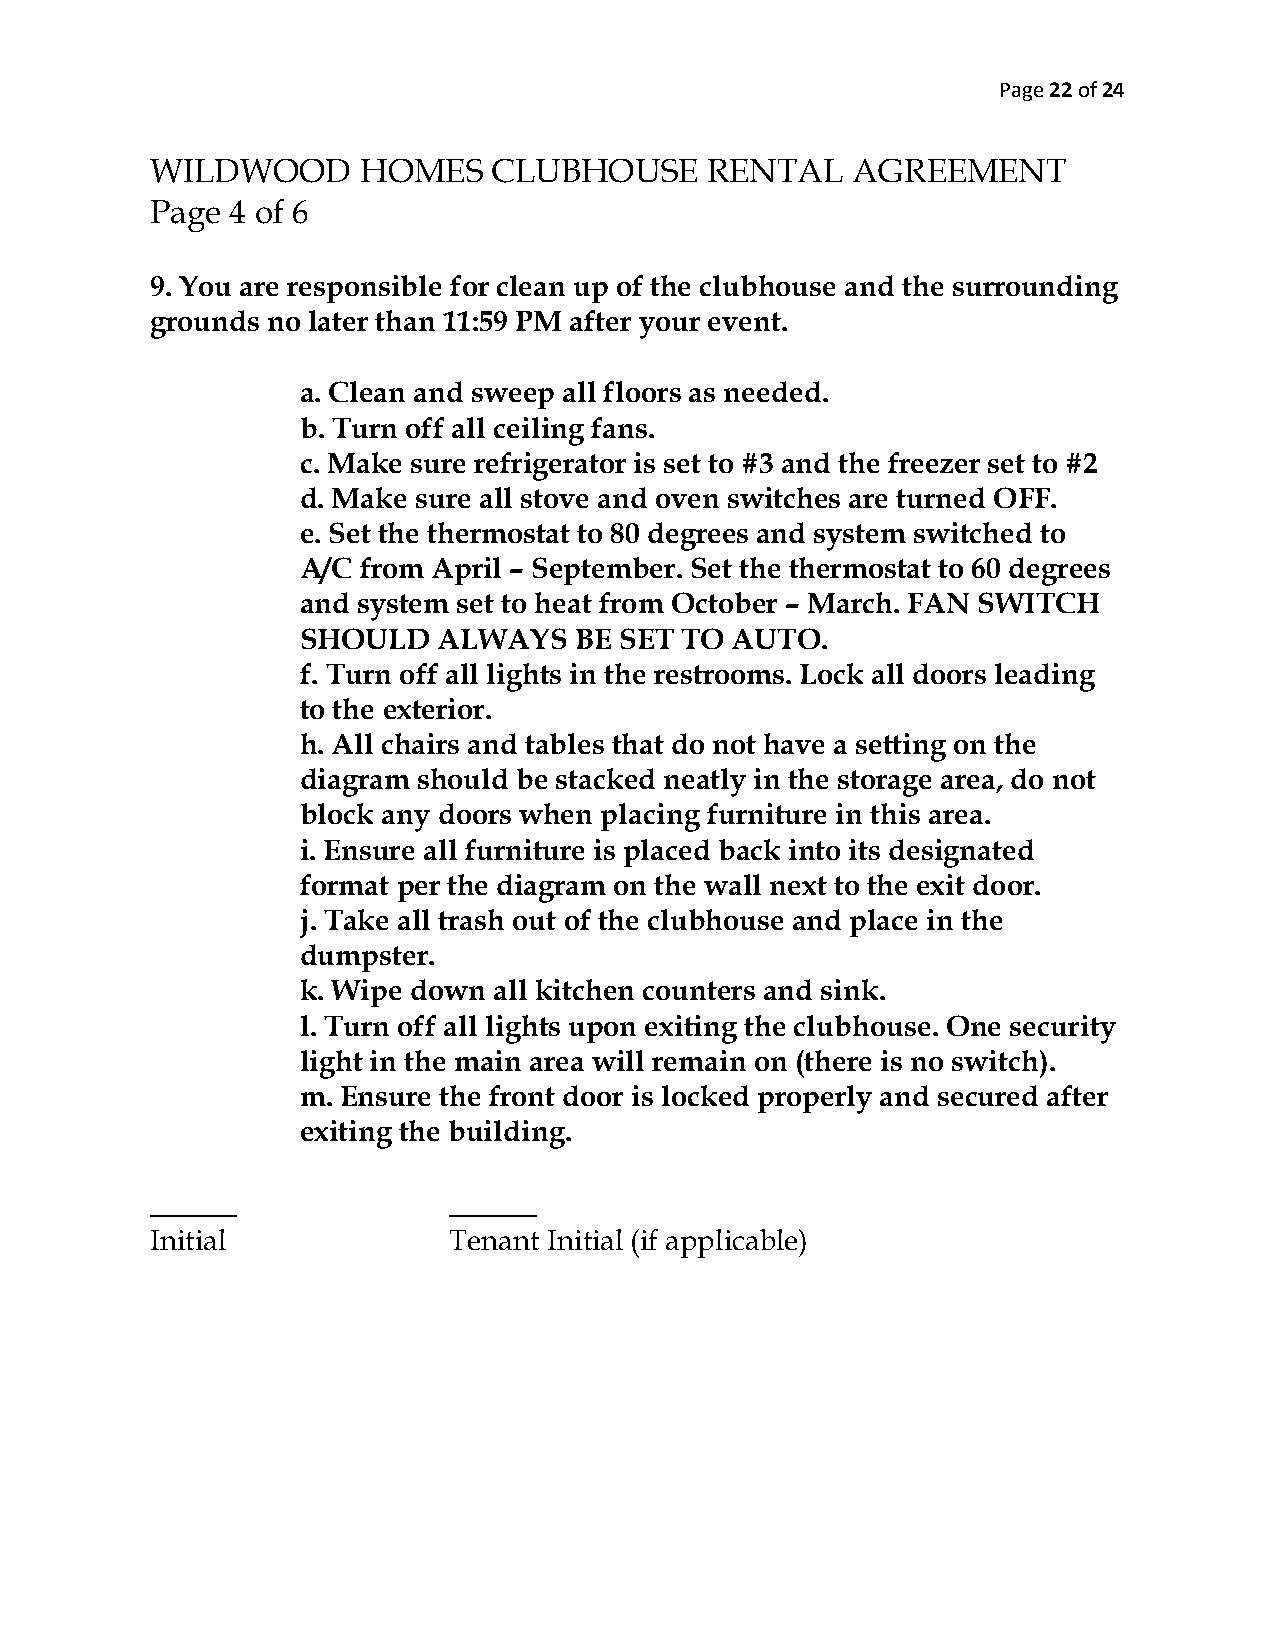
Page 22 of 24
 WILDWOOD      HOMES    CLUBHOUSE     RENTAL   AGREEMENT
 Page 4 of 6
 9. You are responsible for clean up of the clubhouse and the surrounding
 grounds no later than 11:59 PM after your event.
 a. Clean and sweep all floors as needed.
 b. Turn off all ceiling fans.
 c. Make sure refrigerator is set to #3 and the freezer set to #2
 d. Make sure all stove and oven switches are turned OFF.
 e. Set the thermostat to 80 degrees and system switched to
 A/C from April – September. Set the thermostat to 60 degrees
 and system set to heat from October – March. FAN SWITCH
 SHOULD   ALWAYS   BE SET TO AUTO.
 f. Turn off all lights in the restrooms. Lock all doors leading
 to the exterior.
 h. All chairs and tables that do not have a setting on the
 diagram should be stacked neatly in the storage area, do not
 block any doors when placing furniture in this area.
 i. Ensure all furniture is placed back into its designated
 format per the diagram on the wall next to the exit door.
 j. Take all trash out of the clubhouse and place in the
 dumpster.
 k. Wipe down all kitchen counters and sink.
 l. Turn off all lights upon exiting the clubhouse. One security
 light in the main area will remain on (there is no switch).
 m. Ensure the front door is locked properly and secured after
 exiting the building.
 ______              ______
 Initial             Tenant Initial (if applicable)